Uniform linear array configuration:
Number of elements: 16
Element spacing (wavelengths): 1
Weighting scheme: blackman
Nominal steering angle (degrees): -30
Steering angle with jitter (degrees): -30.144
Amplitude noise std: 0.05
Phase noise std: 0.05

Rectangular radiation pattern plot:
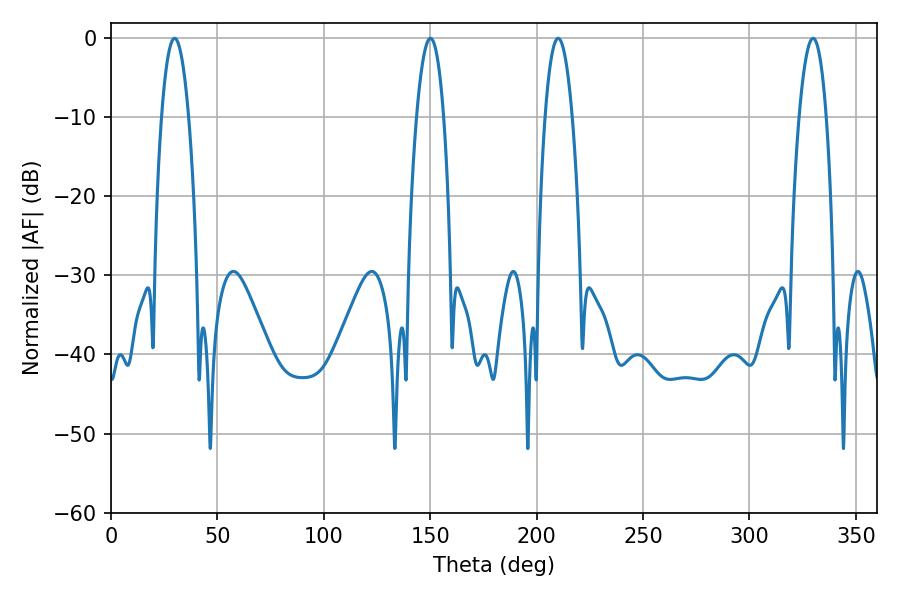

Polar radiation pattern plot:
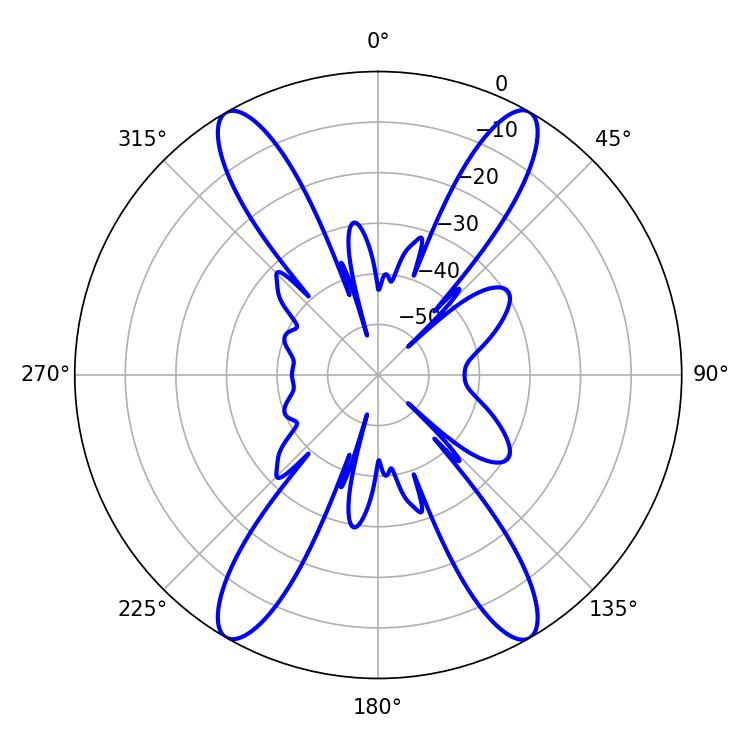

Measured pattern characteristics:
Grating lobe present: TRUE
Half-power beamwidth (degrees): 7.02
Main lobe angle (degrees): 150.12